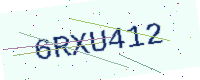
Text: 6RXU412